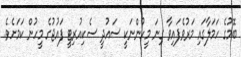
ބޮމުގެ ހަމަލާގައި މަރުވެފައިވާ ގިނަ މީހުންނަކީ ސައުދީ ސެކިއުރިޓީ ފައުޖުގެ މީހުން ކަމަށެވެ.